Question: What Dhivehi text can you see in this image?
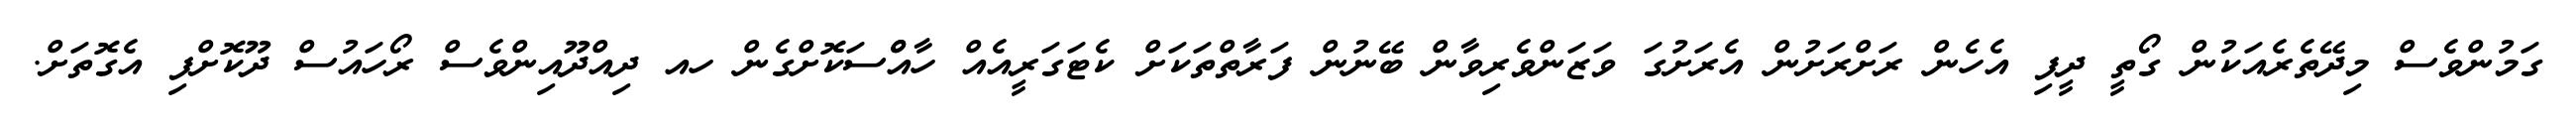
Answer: ގަމުންވެސް މިދޭތެރެއަކުން ގޯތީ ދީފި އެހެން ރަށްރަށުން އެރަށުގަ ވަޒަންވެރިވާން ބޭނުން ފަރާތްތަކަށް ކެޓަގަރީއެއް ހާއްްސަކޮށްގެން ހއ ދިއްދޫއިންވެސް ރޯހައުސް ދޫކޮށްފި އެގޮތަށް.